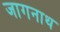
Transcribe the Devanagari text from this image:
जागनाथ